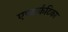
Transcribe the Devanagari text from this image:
एण्टार्कटिका